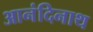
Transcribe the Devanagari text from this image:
आनंदिनाथ